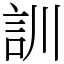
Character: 訓